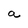
Character: a